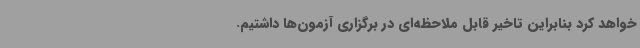
خواهد کرد بنابراین تاخیر قابل ملاحظه‌ای در برگزاری آزمون‌ها داشتیم.